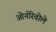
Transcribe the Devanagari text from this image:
ओनोरेवोले